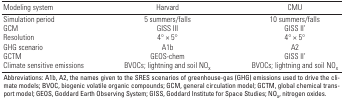
<table><thead><tr><td><b>Modeling system</b></td><td><b>Harvard</b></td><td><b>CMU</b></td></tr></thead><tbody><tr><td>Simulation period</td><td>5 summers/falls</td><td>10 summers/falls</td></tr><tr><td>GCM </td><td>GISS III</td><td>GISS II’</td></tr><tr><td>Resolution</td><td>4° × 5°</td><td>4° × 5°</td></tr><tr><td>GHG scenario</td><td>A1b</td><td>A2</td></tr><tr><td>GCTM </td><td>GEOS-chem</td><td>GISS II’</td></tr><tr><td>Climate sensitive emissions</td><td>BVOCs; lightning and soil NOx</td><td>BVOCs; lightning and soil NOx </td></tr><tr><td colspan="5">Abbreviations: A1b, A2, the names given to the SRESscenarios of greenhouse-gas (GHG) emissions used to drive the climatemodels; BVOC, biogenic volatile organic compounds; GCM, generalcirculation model; GCTM, global chemical transport model; GEOS, GoddardEarth Observing System; GISS, Goddard Institute for Space Studies; NOx,nitrogen oxides.</td></tr></tbody></table>